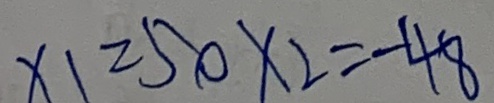
x _ { 1 } = 5 0 x _ { 2 } = - 4 8